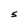
Character: S